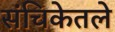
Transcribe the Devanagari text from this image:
संचिकेतले